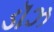
ડૉઝ